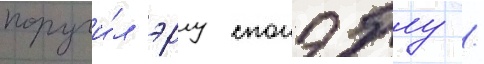
поручи́л эрлу спонэблу /